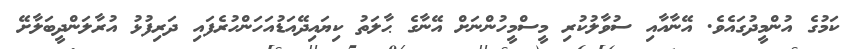
ކަމުގެ އުންމީދުގައެވެ. އޭނާއާއި ސުވާލުކުރި މީސްމީހުންނަށް އޭނާގެ ޙާލަތު ކިޔައިދޭއަޑުއަހަންހުރެފައި ދަރިފުޅު އުރާލަންދީބަލާށޭ